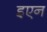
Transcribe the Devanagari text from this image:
इएन